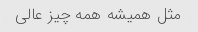
مثل همیشه همه چیز عالی